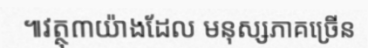
៕វត្ថុ៣យ៉ាងដែល មនុស្សភាគច្រើន